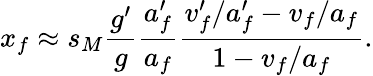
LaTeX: x_{f}\approx s_{M}\frac{g^{\prime}}{g}\frac{a_{f}^{\prime}}{a_{f}}\frac{v_{f}^{\prime}/a_{f}^{\prime}-v_{f}/a_{f}}{1-v_{f}/a_{f}}.